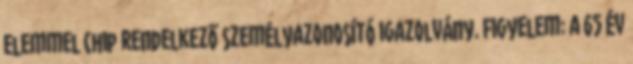
elemmel chip rendelkező személyazonosító igazolvány. Figyelem: a 65 év